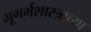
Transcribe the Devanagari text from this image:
भूगर्भशास्त्राच्या